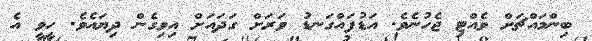
ބިންމައްޗަށް ވެއްޓި ޖެހުނެވެ. އަޑުފައްގަނޑު ވަރަށް ގަދައަށް އިވިގެން ދިޔައެވެ. ހީވީ އެ